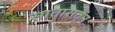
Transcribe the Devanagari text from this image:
सातारातून